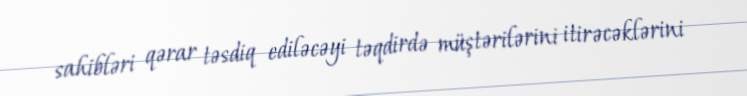
sahibləri qərar təsdiq ediləcəyi təqdirdə müştərilərini itirəcəklərini